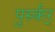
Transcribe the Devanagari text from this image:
पुर्स्कर्